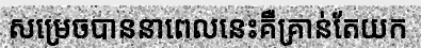
សម្រេចបាននាពេលនេះគឺគ្រាន់តែយក